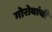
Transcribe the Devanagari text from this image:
गोरोबांची